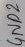
Text: GND2